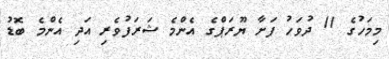
މިމަހުގެ 11 ދުވަހު ފަށާ ޔޫރަޕްގެ އެންމެ ޝަރަފުވެރި އަދި އެންމެ ބޮޑު